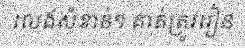
លេងសំខាន់ៗ គាត់ត្រូវរៀន